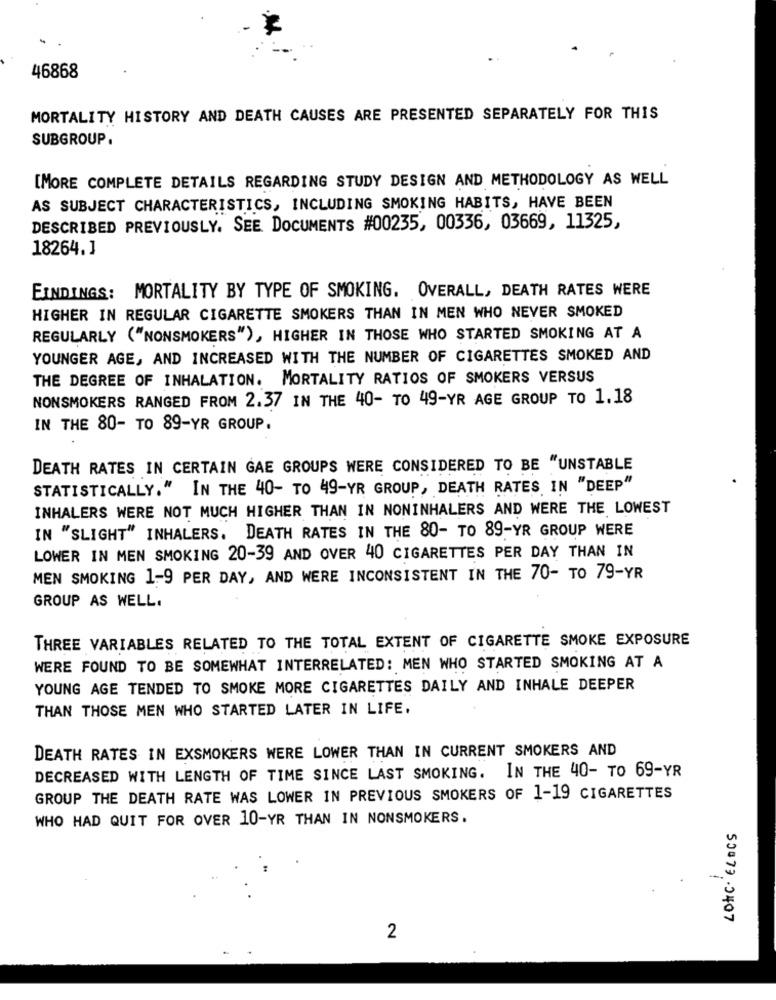
46868
MORTALITY HISTORY AND DEATH CAUSES ARE PRESENTED SEPARATELY FOR THIS
SUBGROUP.
[MORE COMPLETE DETAILS REGARDING STUDY DESIGN AND METHODOLOGY AS WELL
AS SUBJECT CHARACTERISTICS, INCLUDING SMOKING HABITS, HAVE BEEN
DESCRIBED PREVIOUSLY. SEE DOCUMENTS #00235, 00336, 03669, 11325,
18264. 1
FINDINGS: MORTALITY BY TYPE OF SMOKING. OVERALL, DEATH RATES WERE
HIGHER IN REGULAR CIGARETTE SMOKERS THAN IN MEN WHO NEVER SMOKED
REGULARLY ("NONSMOKERS"), HIGHER IN THOSE WHO STARTED SMOKING AT A
YOUNGER AGE, AND INCREASED WITH THE NUMBER OF CIGARETTES SMOKED AND
THE DEGREE OF INHALATION. MORTALITY RATIOS OF SMOKERS VERSUS
NONSMOKERS RANGED FROM 2.37 IN THE 40- TO 49-YR AGE GROUP TO 1.18
IN THE 80- TO 89-YR GROUP.
DEATH RATES IN CERTAIN GAE GROUPS WERE CONSIDERED TO BE "UNSTABLE
STATISTICALLY." IN THE 40- TO 49-YR GROUP, DEATH RATES IN "DEEP"
INHALERS WERE NOT MUCH HIGHER THAN IN NONINHALERS AND WERE THE LOWEST
IN "SLIGHT" INHALERS. DEATH RATES IN THE 80- TO 89-YR GROUP WERE
LOWER IN MEN SMOKING 20-39 AND OVER 40 CIGARETTES PER DAY THAN IN
MEN SMOKING 1-9 PER DAY, AND WERE INCONSISTENT IN THE 70- TO 79-YR
GROUP AS WELL.
THREE VARIABLES RELATED TO THE TOTAL EXTENT OF CIGARETTE SMOKE EXPOSURE
WERE FOUND TO BE SOMEWHAT INTERRELATED: MEN WHO STARTED SMOKING AT A
YOUNG AGE TENDED TO SMOKE MORE CIGARETTES DAILY AND INHALE DEEPER
THAN THOSE MEN WHO STARTED LATER IN LIFE.
DEATH RATES IN EXSMOKERS WERE LOWER THAN IN CURRENT SMOKERS AND
DECREASED WITH LENGTH OF TIME SINCE LAST SMOKING. IN THE 40- TO 69-YR
GROUP THE DEATH RATE WAS LOWER IN PREVIOUS SMOKERS OF 1-19 CIGARETTES
WHO HAD QUIT FOR OVER 10-YR THAN IN NONSMOKERS.
--
50077 .0407
2